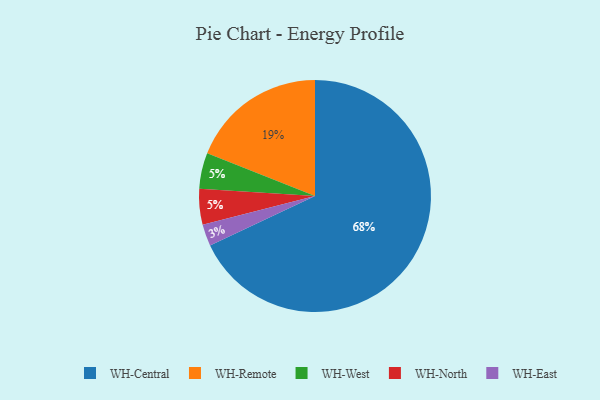
{"axis": {"x": "Category", "y": "Percentage"}, "legend": ["WH-Central", "WH-East", "WH-North", "WH-Remote", "WH-West"], "data": [{"x": "WH-West", "y": 5, "type": "WH-West"}, {"x": "WH-Remote", "y": 19, "type": "WH-Remote"}, {"x": "WH-East", "y": 3, "type": "WH-East"}, {"x": "WH-Central", "y": 68, "type": "WH-Central"}, {"x": "WH-North", "y": 5, "type": "WH-North"}]}